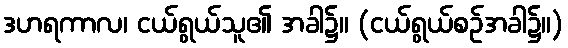
ဒဟရကာလ၊ ငယ်ရွယ်သူ၏ အခါ၌။ (ငယ်ရွယ်စဉ်အခါ၌။)